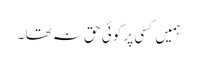
ہمیں کسی پر کوئی حق نہ تھا ۔